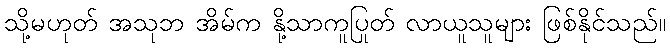
သို့မဟုတ် အသုဘ အိမ်က နို့သာကူပြုတ် လာယူသူများ ဖြစ်နိုင်သည်။